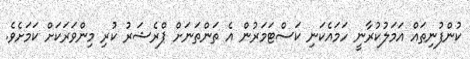
ކުންފުނިތައް އަމަލުކުރާނީ ހަމައެކަނި ކަސްޓަމަރުން އެ ތަންތަނަށް ޕްރެޝަރު ކުރި މިންވަރަކަށް ކަމަށެވެ.